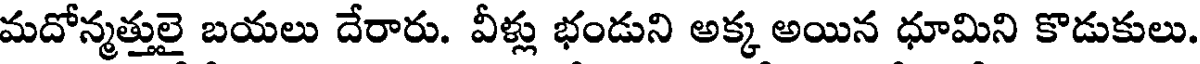
మదోన్మత్తులై బయలు దేరారు. వీళ్లు భండుని అక్క అయిన ధూమిని కొడుకులు.